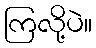
ကြလို့ပဲ။